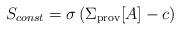
LaTeX: \begin{align*}S_{const}=\sigma\left(\Sigma_{\rm prov}[A]-c\right) \end{align*}